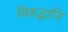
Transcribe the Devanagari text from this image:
विरुद्धानि